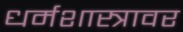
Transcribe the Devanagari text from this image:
धर्मशास्त्रावर